Civil Veterinary Dept. Assam report 1927-50 - 1927-1950
Year: 1927
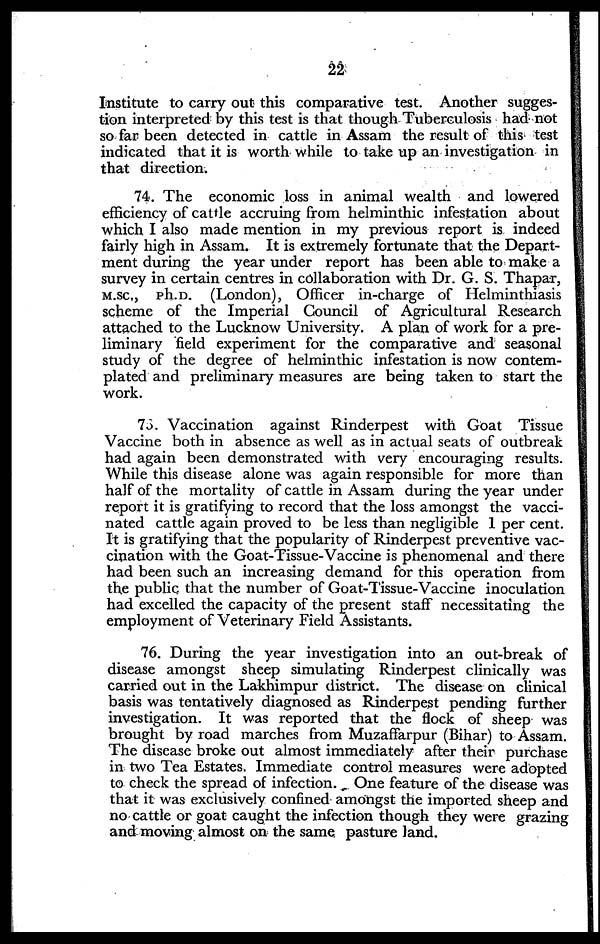
22
Institute to carry out this comparative test. Another sugges-
tion interpreted by this test is that though Tuberculosis had not
so far been detected in cattle in Assam the result of this test
indicated that it is worth while to take up an investigation in
that direction.
74. The economic loss in animal wealth and lowered
efficiency of cattle accruing from helminthic infestation about
which I also made mention in my previous report is indeed
fairly high in Assam. It is extremely fortunate that the Depart-
ment during the year under report has been able to make a
survey in certain centres in collaboration with Dr. G. S. Thapar,
M.Sc., ph.D. (London), Officer in-charge of Helminthiasis
scheme of the Imperial Council of Agricultural Research
attached to the Lucknow University. A plan of work for a pre-
liminary field experiment for the comparative and seasonal
study of the degree of helminthic infestation is now contem-
plated and preliminary measures are being taken to start the
work.
75. Vaccination against Rinderpest with Goat Tissue
Vaccine both in absence as well as in actual seats of outbreak
had again been demonstrated with very encouraging results.
While this disease alone was again responsible for more than
half of the mortality of cattle in Assam during the year under
report it is gratifying to record that the loss amongst the vacci-
nated cattle again proved to be less than negligible 1 per cent.
It is gratifying that the popularity of Rinderpest preventive vac-
cination with the Goat-Tissue-Vaccine is phenomenal and there
had been such an increasing demand for this operation from
the public that the number of Goat-Tissue-Vaccine inoculation
had excelled the capacity of the present staff necessitating the
employment of Veterinary Field Assistants.
76. During the year investigation into an out-break of
disease amongst sheep simulating Rinderpest clinically was
carried out in the Lakhimpur district. The disease on clinical
basis was tentatively diagnosed as Rinderpest pending further
investigation. It was reported that the flock of sheep was
brought by road marches from Muzaffarpur (Bihar) to Assam.
The disease broke out almost immediately after their purchase
in two Tea Estates. Immediate control measures were adopted
to check the spread of infection. One feature of the disease was
that it was exclusively confined amongst the imported sheep and
no cattle or goat caught the infection though they were grazing
and moving almost on the same, pasture land.